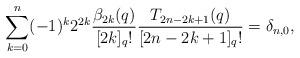
LaTeX: \begin{align*}\sum_{k=0}^{n}(-1)^k 2^{2k}\frac{\beta_{2k}(q)}{[2k]_q!} \frac{T_{2n-2k+1}(q)}{[2n-2k+1]_q!}=\delta_{n,0},\end{align*}